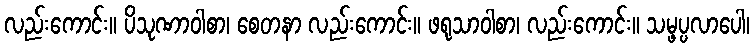
လည်းကောင်း။ ပိသုဏာဝါစာ၊ စေတနာ လည်းကောင်း။ ဖရုသာဝါစာ၊ လည်းကောင်း။ သမ္ဖပ္ပလာပေါ၊